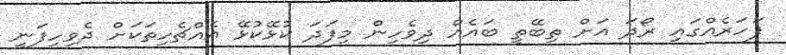
ފަހަރެއްގައި ރޯދަ އަށް ތިބޭތީ ބައެއް ދިވެހިން މިފަދަ ކުޅޭކުޅޭ އެއްޗެހިތަކަށް ދެވިހިފަނީ